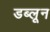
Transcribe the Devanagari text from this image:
डब्लून